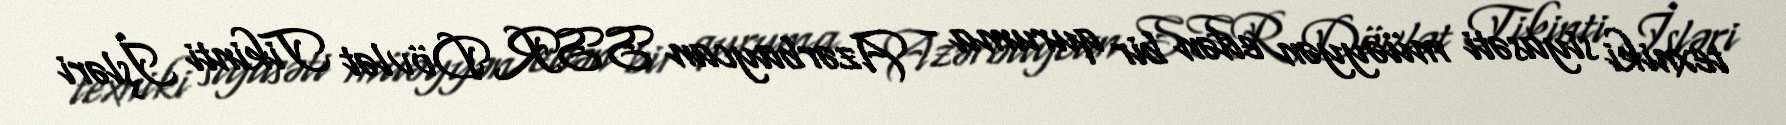
texniki siyasəti müəyyən edən bir quruma - Azərbaycan SSR Dövlət Tikinti İşləri